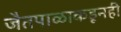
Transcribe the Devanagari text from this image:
जैतपाळाकडूनही